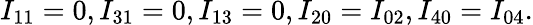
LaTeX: {I_{11}}=0,{I_{31}}=0,{I_{13}}=0,{I_{20}}={I_{02}},{I_{40}}={I_{04}}.